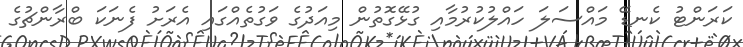
ކަރަންޓު ކެނޑޭ މައްސަލަ ހައްލުކުރުމާއި ގުޅޭގޮތުން މިއަދުގެ ވަގުތެއްގައި އެރަށު ފެނަކަ ބްރާންޗުގެ